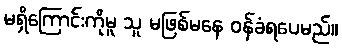
မရှိကြောင်းကိုမူ သူ မဖြစ်မနေ ဝန်ခံရပေမည်။